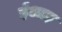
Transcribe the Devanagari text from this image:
ईआइ